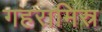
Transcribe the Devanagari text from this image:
गहरामिस्र